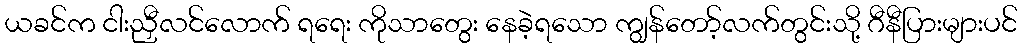
ယခင်က ငါးညှီလင်လောက် ရရေး ကိုသာတွေး နေခဲ့ရသော ကျွန်တော့်လက်တွင်းသို့ ဂီနီပြားများပင်